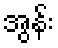
အွန်း